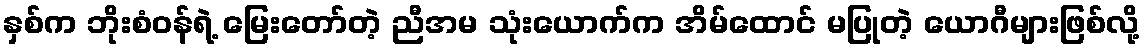
နှစ်က ဘိုးစံဝန်ရဲ့ မြေးတော်တဲ့ ညီအမ သုံးယောက်က အိမ်ထောင် မပြုတဲ့ ယောဂီများဖြစ်လို့